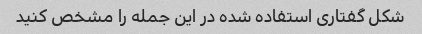
شکل گفتاری استفاده شده در این جمله را مشخص کنید